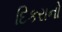
દિકરાનો